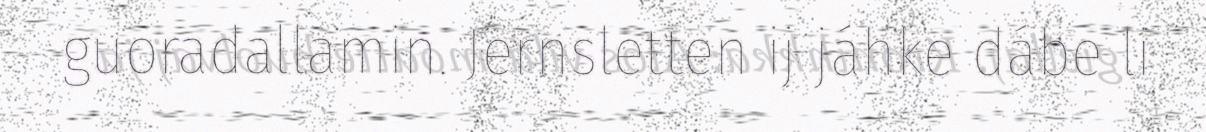
guoradallamin. Jernsletten ij jáhke dábe li